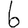
Digit: 6